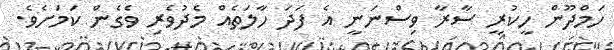
ހަމްދޫން ހީކުރީ ސާރާ ވިސްނަނީ އެ ފަދަ ހާލަތެއް މެދުވެރި ވެގެން ކަމަށެވެ.